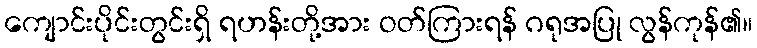
ကျောင်းပိုင်းတွင်းရှိ ရဟန်းတို့အား ဝတ်ကြားရန် ဂရုအပြု လွန်ကုန်၏။